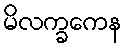
မိလက္ခကေန